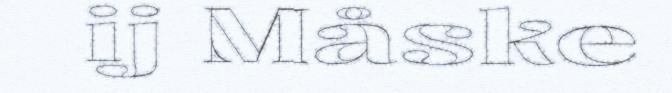
ij Måske